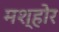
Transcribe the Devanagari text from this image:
मश्होर